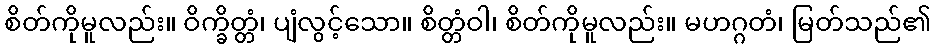
စိတ်ကိုမူလည်း။ ဝိက္ခိတ္တံ၊ ပျံလွင့်သော။ စိတ္တံဝါ၊ စိတ်ကိုမူလည်း။ မဟဂ္ဂတံ၊ မြတ်သည်၏